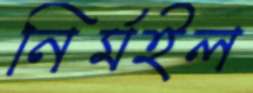
নির্মইল